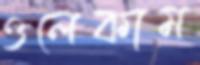
ওলেকাম